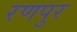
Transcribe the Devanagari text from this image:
रणपुर